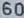
600